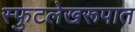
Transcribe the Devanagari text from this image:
स्फुटलेखरूपात